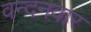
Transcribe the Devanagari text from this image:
वन्‍दनवार